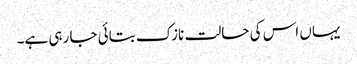
یہاں اس کی حالت نازک بتائی جا رہی ہے۔